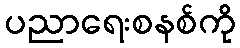
ပညာရေးစနစ်ကို